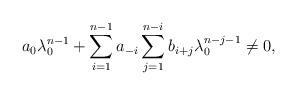
LaTeX: \begin{align*}a_0\lambda_0^{n-1}+\sum_{i=1}^{n-1}a_{-i}\sum^{n-i}_{j=1}b_{i+j}\lambda_0^{n-j-1}\ne0, \end{align*}